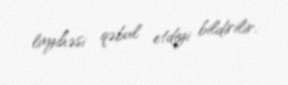
layihəsi qəbul etdiyi bildirilir.